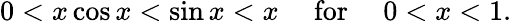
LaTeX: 0<x\cos x<\sin x<x\quad{\mathrm{~for~}}\quad 0<x<1.